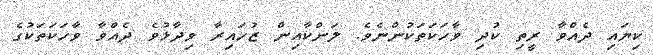
ކިޔައި ދެއްވާ ރީތި ކުދި ވާހަކަތަކުންނެވެ. ލަންކާއިން ޒުހައިރާ ވިދާޅުވެ ދެއްވާ ވާހަކަތަކުގެ